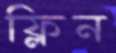
ফ্লিন